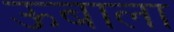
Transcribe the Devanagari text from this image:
ऊबाला